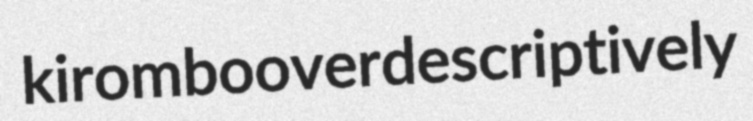
kirombo overdescriptively